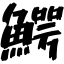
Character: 鰐